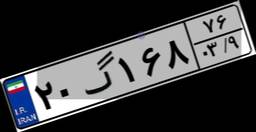
۲۰گ۱۶۸۷۶